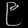
Digit: ၉